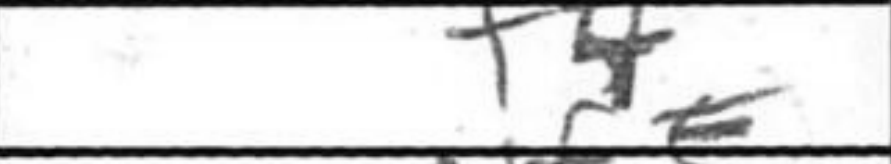
Transcription: f4